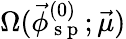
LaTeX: \Omega(\vec{\phi}_{\mathrm{~s~p~}}^{(0)};\vec{\mu})